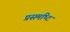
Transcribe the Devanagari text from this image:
प्रसमष्‍टि